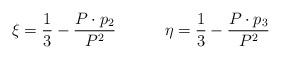
LaTeX: \begin{align*}\xi = {1\over3} - {P \cdot p_2 \over P^2} \qquad \quad \eta = {1\over3} - {P \cdot p_3 \over P^2} \end{align*}